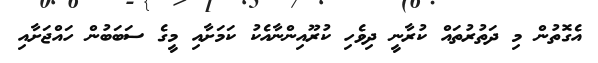
އެގޮތުން މި ދަތުރުތައް ކުރާނީ ދިވެހި ކުރޫއިންނާއެކު ކަމަށާއި މީގެ ސަބަބުން ހައްޖަށާއި